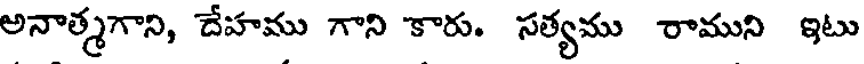
అనాత్మగాని, దేహము గాని కారు. సత్యము రాముని ఇటు